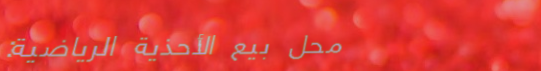
محل بيع الأحذية الرياضية: